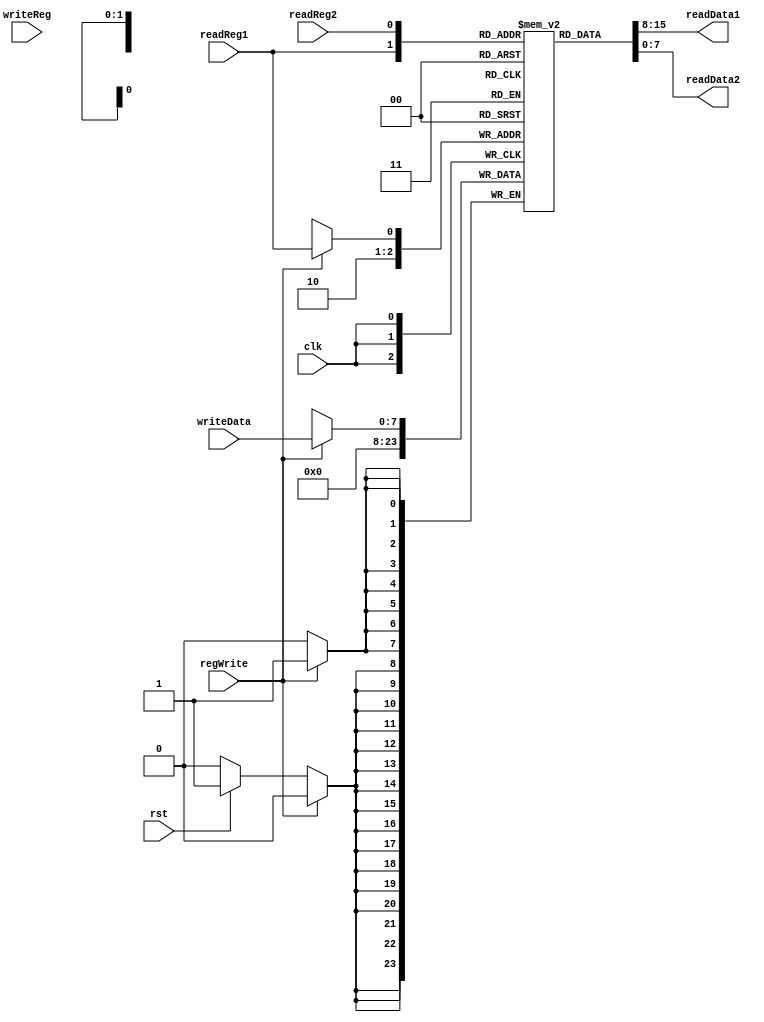
`timescale 1ns / 1ps
//////////////////////////////////////////////////////////////////////////////////
// Company: 
// Engineer: 
// 
// Design Name: 
// Module Name: Register
// Project Name: 
// Target Devices: 
// Tool Versions: 
// Description: 
// 
// Dependencies: 
// 
// Revision:
// Revision 0.01 - File Created
// Additional Comments:
// 
//////////////////////////////////////////////////////////////////////////////////


module Register(
    input clk,
    input rst,
    input readReg1,
    input readReg2,
    input regWrite,
    input writeReg,
    input [7:0] writeData,
    output [7:0] readData1,
    output [7:0] readData2
    );
    
    reg [7:0] regfile [0:1];
    
    assign readData1 = regfile[readReg1];
    assign readData2 = regfile[readReg2];

    always @(posedge clk)
        begin
            if (regWrite == 1)
                regfile[readReg1] <= writeData;
            else if (rst == 1)
                begin
                    regfile[0] <= 8'b00000000;
                    regfile[1] <= 8'b00000000;
                end
        end

endmodule